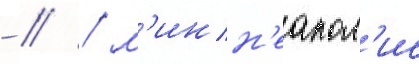
- // / м'инн'еапол'ис